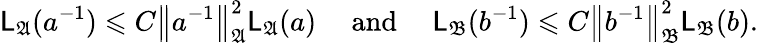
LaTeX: {\mathsf{L}}_{\mathfrak{A}}(a^{-1})\leqslant C\left\| {a^{-1}}\right\| _{{\mathfrak{A}}}^{2}{\mathsf{L}}_{\mathfrak{A}}(a)\quad\mathrm{~and~}\quad{\mathsf{L}}_{\mathfrak{B}}(b^{-1})\leqslant C\left\| {b^{-1}}\right\| _{{\mathfrak{B}}}^{2}{\mathsf{L}}_{\mathfrak{B}}(b)\mathrm{.}